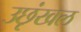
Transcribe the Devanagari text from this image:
उछृंखल